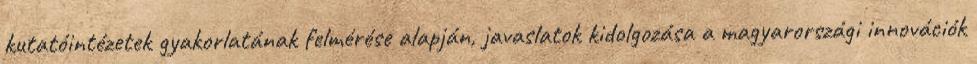
kutatóintézetek gyakorlatának felmérése alapján, javaslatok kidolgozása a magyarországi innovációk